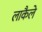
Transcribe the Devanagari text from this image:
लाकैले